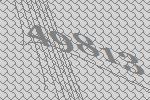
49813